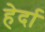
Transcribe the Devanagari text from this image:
हेर्दा